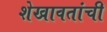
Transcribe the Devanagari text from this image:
शेखावतांची